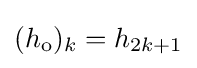
(h_{\mathrm {o} })_{k}=h_{2k+1}